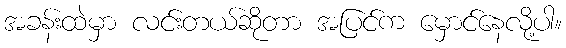
အခန်းထဲမှာ လင်းတယ်ဆိုတာ အပြင်က မှောင်နေလို့ပါ။